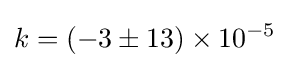
k=(-3\pm 13)\times 10^{-5}